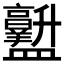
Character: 𱲡